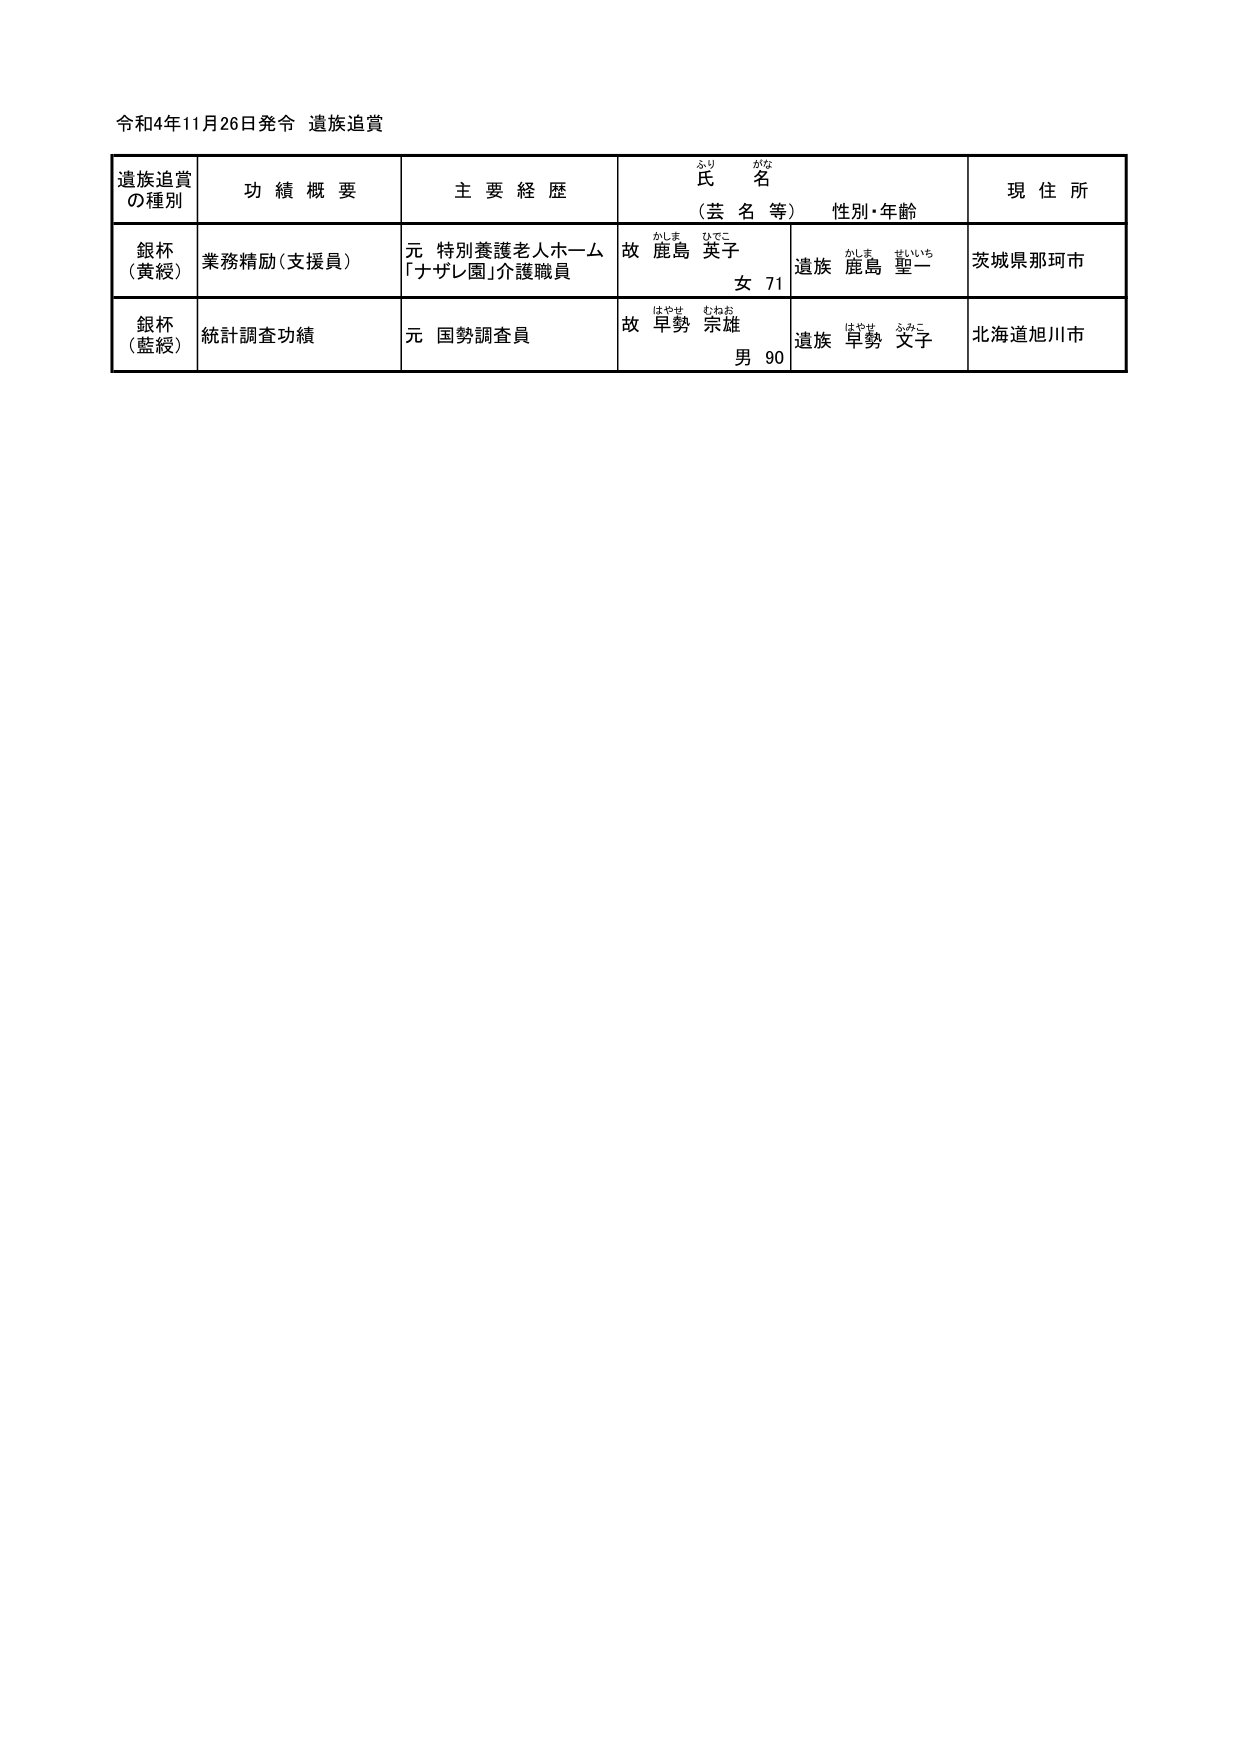
令和4年11月26日発令 遺族追賞

遺族追賞
の種別　功績概要　主要経歴　氏名（芸名等）　性別・年齢　現住所

銀杯
（黄綬）　業務精励（支援員）　元 特別養護老人ホーム
「ナザレ園」介護職員　故 鹿島 英子
女 71　遺族 鹿島 聖一　茨城県那珂市

銀杯
（藍綬）　統計調査功績　元 国勢調査員　故 早勢 宗雄
男 90　遺族 早勢 文子　北海道旭川市